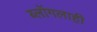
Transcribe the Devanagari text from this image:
ब्लॉगलाही